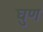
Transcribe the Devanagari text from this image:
घुण